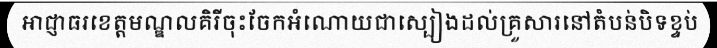
អាជ្ញាធរខេត្តមណ្ឌលគិរីចុះចែកអំណោយជាស្បៀងដល់គ្រួសារនៅតំបន់បិទខ្ទប់